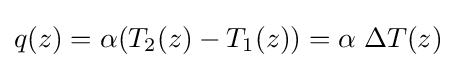
q(z)=\alpha (T_{2}(z)-T_{1}(z))=\alpha \;\Delta T(z)